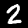
Digit: 2